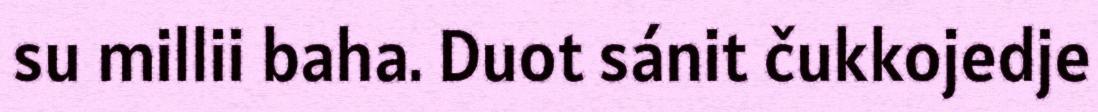
su millii baha. Duot sánit čukkojedje